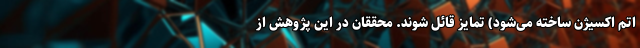
اتم اکسیژن ساخته می‌شود) تمایز قائل شوند. محققان در این پژوهش از